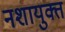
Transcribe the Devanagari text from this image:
नशायुक्त